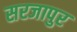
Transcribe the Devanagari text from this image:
सरजापुर